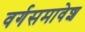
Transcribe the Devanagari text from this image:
वर्गसमावेश